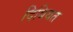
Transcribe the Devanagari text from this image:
दिबियत